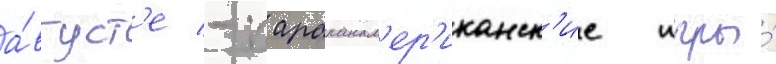
а́вгуст'е - парапанам'ер'иканск'ие игры́